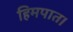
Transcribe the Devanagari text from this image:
हिमपात।